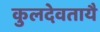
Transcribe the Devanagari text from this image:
कुलदेवतायै